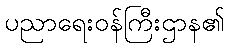
ပညာရေးဝန်ကြီးဌာန၏